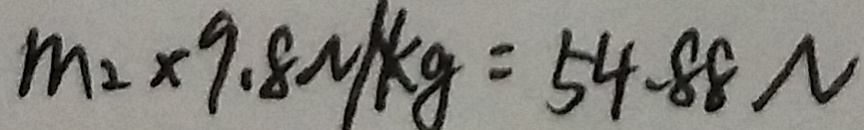
m _ { 2 } \times 9 . 8 N / k g = 5 4 . 8 8 N